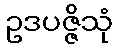
ဥဒပဇ္ဇိသုံ